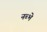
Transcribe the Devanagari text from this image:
नब्भे